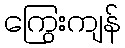
ကြွေးကျန်